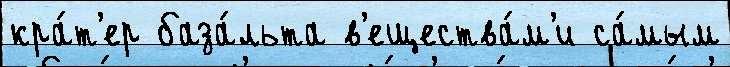
кра́т'ер база́льта в'ещества́м'и са́мым